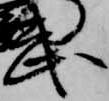
武